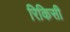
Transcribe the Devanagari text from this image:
रिकिसी